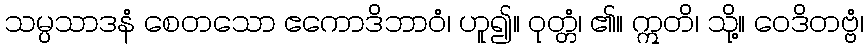
သမ္ပသာဒနံ စေတသော ဧကောဒိဘာဝံ၊ ဟူ၍။ ဝုတ္တံ၊ ၏။ ဣတိ၊ သို့။ ဝေဒိတဗ္ဗံ၊